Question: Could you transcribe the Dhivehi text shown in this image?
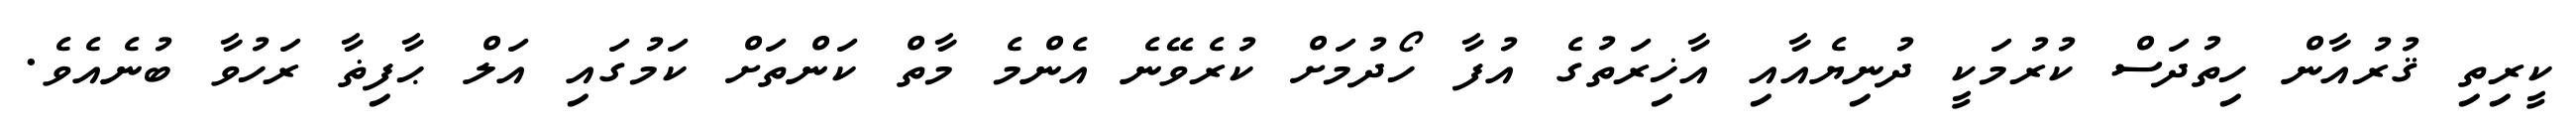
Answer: ކީރިތި ޤުރުއާން ހިތުދަސް ކުރުމަކީ ދުނިޔެއާއި އާޚިރަތުގެ އުފާ ހޯދުމަށް ކުރެވޭނެ އެންމެ މާތް ކަންތަށް ކަމުގައި އަލް ޙާފިޡާ ރަހުވާ ބުނެއެވެ.